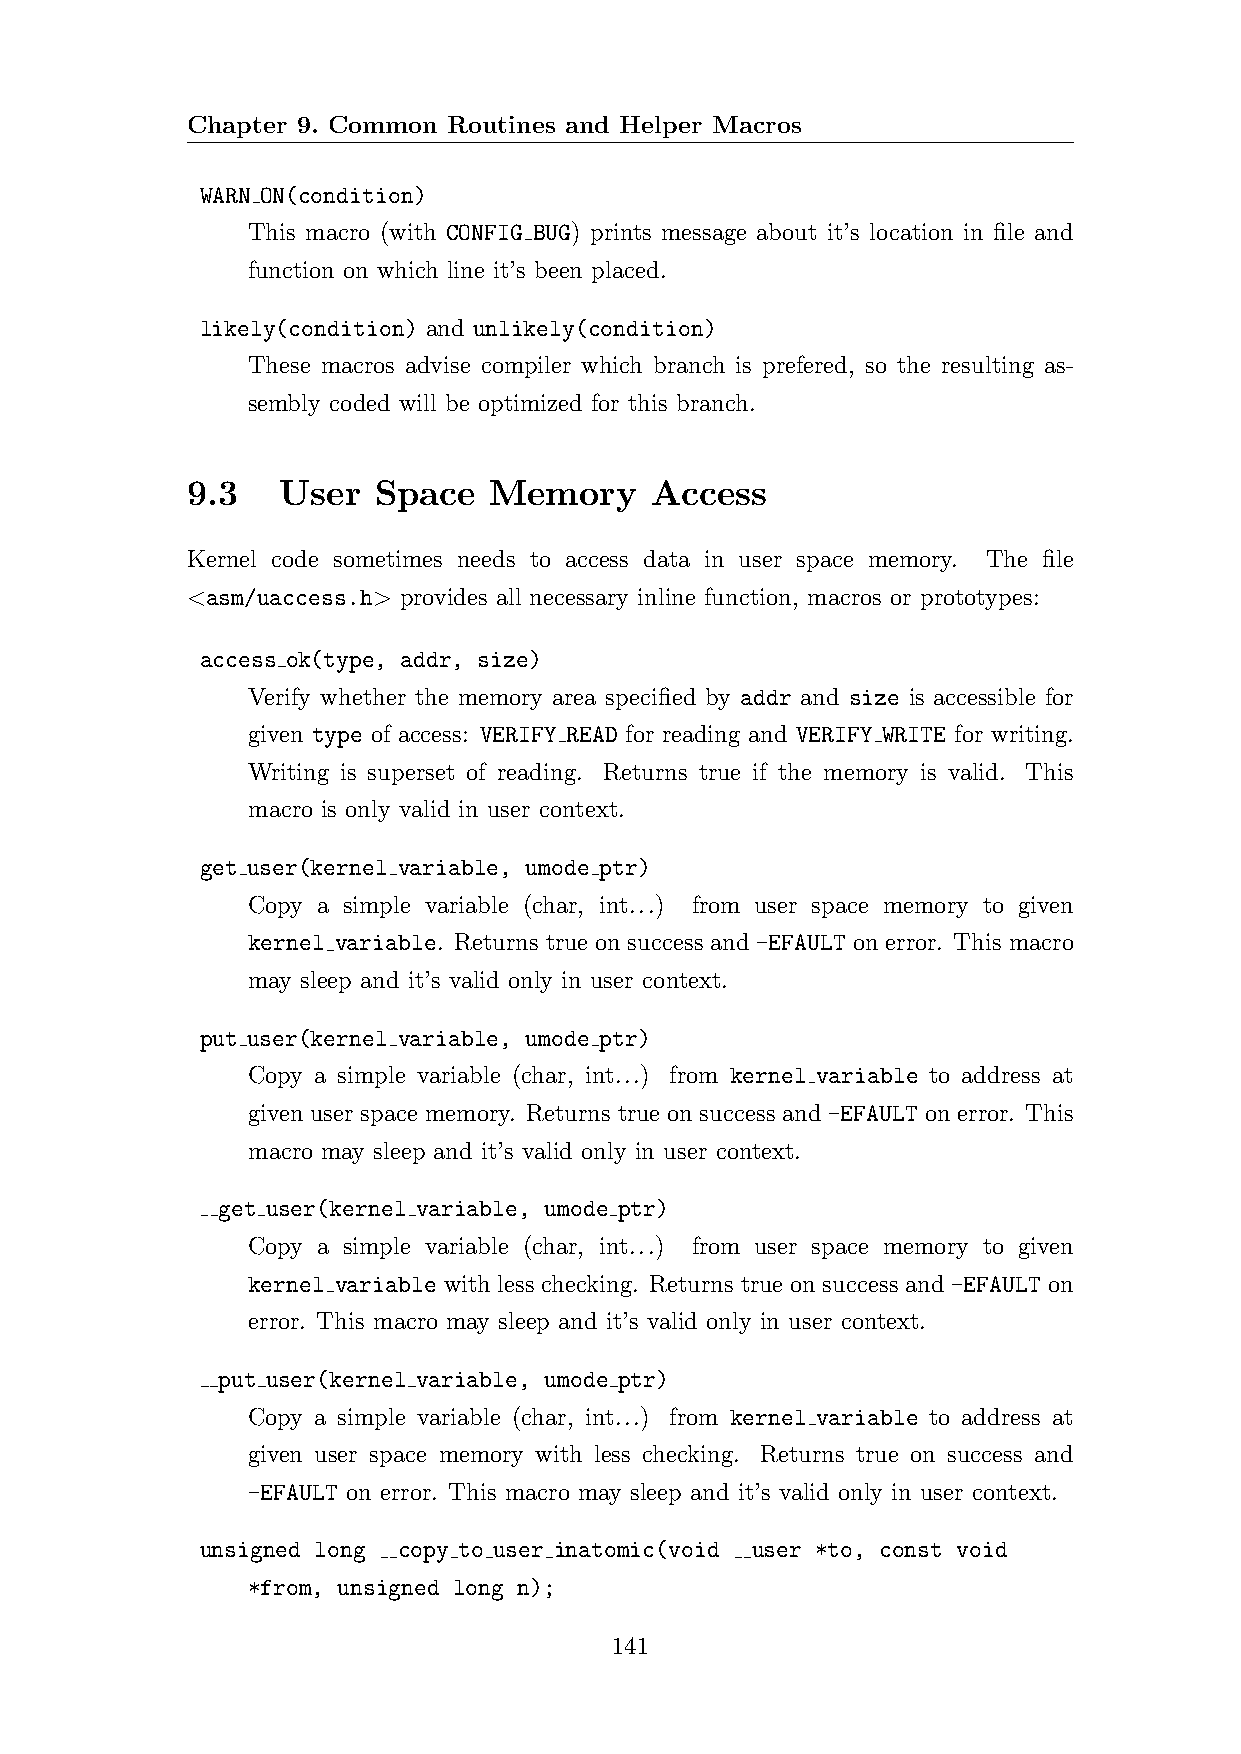
Chapter 9. Common Routines and Helper Macros
 WARN ON(condition)
 This macro (with CONFIG BUG) prints message about it’s location in file and
 function on which line it’s been placed.
 likely(condition) and unlikely(condition)
 These macros advise compiler which branch is prefered, so the resulting as-
 sembly coded will be optimized for this branch.
 9.3   User   Space  Memory     Access
 Kernel code sometimes needs to access data in user space memory. The file
 <asm/uaccess.h> provides all necessary inline function, macros or prototypes:
 access ok(type, addr, size)
 Verify whether the memory area specified by addr and size is accessible for
 given type of access: VERIFY READ for reading and VERIFY WRITE for writing.
 Writing is superset of reading. Returns true if the memory is valid. This
 macro is only valid in user context.
 get user(kernel variable, umode ptr)
 Copy a simple variable (char, int...) from user space memory to given
 kernel variable. Returns true on success and -EFAULT on error. This macro
 may sleep and it’s valid only in user context.
 put user(kernel variable, umode ptr)
 Copy a simple variable (char, int...) from kernel variable to address at
 given user space memory. Returns true on success and -EFAULT on error. This
 macro may sleep and it’s valid only in user context.
 get user(kernel variable, umode ptr)
 Copy a simple variable (char, int...) from user space memory to given
 kernel variable with less checking. Returns true on success and -EFAULT on
 error. This macro may sleep and it’s valid only in user context.
 put user(kernel variable, umode ptr)
 Copy a simple variable (char, int...) from kernel variable to address at
 given user space memory with less checking. Returns true on success and
 -EFAULT on error. This macro may sleep and it’s valid only in user context.
 unsigned long copy to user inatomic(void user *to, const void
 *from, unsigned long n);
 141